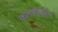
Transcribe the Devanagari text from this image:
कलानिकेतन